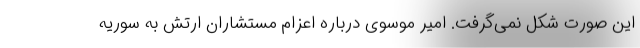
این صورت شکل نمی‌گرفت. امیر موسوی درباره اعزام مستشاران ارتش به سوریه